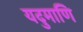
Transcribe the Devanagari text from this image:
यदुमाणि